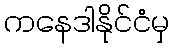
ကနေဒါနိုင်ငံမှ